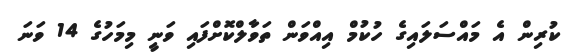
ކުރިން އެ މައްސަލައިގެ ހުކުމް އިއްވަން ތަވާލްކޮށްފައި ވަނީ މިމަހުގެ 14 ވަނަ